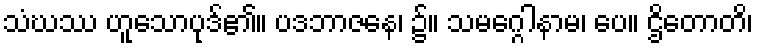
သံဃဿ ဟူသောပုဒ်၏။ ပဒဘာဇနေ၊ ၌။ သမဂ္ဂေါနာမ၊ ပေ။ ဌိတောတိ၊